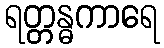
ရတ္တန္ဓကာရေ